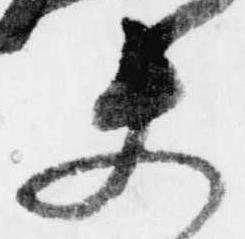
夫